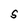
Character: S